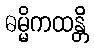
ဓမ္မိကထန္တိ